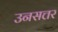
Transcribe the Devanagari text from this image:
उनसत्तर